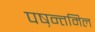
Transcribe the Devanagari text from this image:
पष़न्तमिल